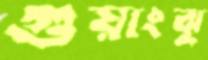
গুয়াংঝু